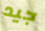
جيد